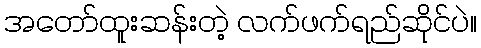
အတော်ထူးဆန်းတဲ့ လက်ဖက်ရည်ဆိုင်ပဲ။